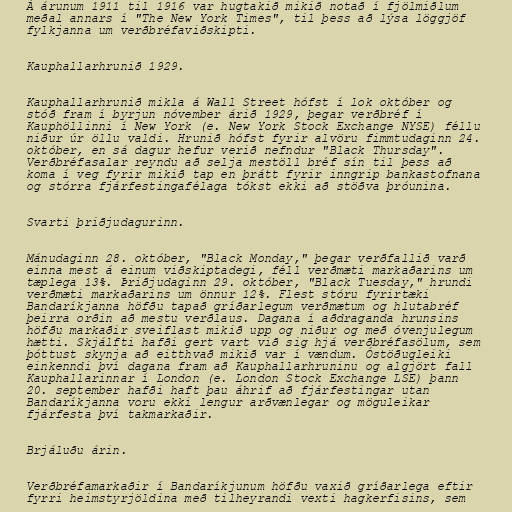
Á árunum 1911 til 1916 var hugtakið mikið notað í fjölmiðlum
meðal annars í "The New York Times", til þess að lýsa löggjöf
fylkjanna um verðbréfaviðskipti.

Kauphallarhrunið 1929.

Kauphallarhrunið mikla á Wall Street hófst í lok október og
stóð fram í byrjun nóvember árið 1929, þegar verðbréf í
Kauphöllinni í New York (e. New York Stock Exchange NYSE) féllu
niður úr öllu valdi. Hrunið hófst fyrir alvöru fimmtudaginn 24.
október, en sá dagur hefur verið nefndur "Black Thursday".
Verðbréfasalar reyndu að selja mestöll bréf sín til þess að
koma í veg fyrir mikið tap en þrátt fyrir inngrip bankastofnana
og stórra fjárfestingafélaga tókst ekki að stöðva þróunina.

Svarti þriðjudagurinn.

Mánudaginn 28. október, "Black Monday," þegar verðfallið varð
einna mest á einum viðskiptadegi, féll verðmæti markaðarins um
tæplega 13%. Þriðjudaginn 29. október, "Black Tuesday," hrundi
verðmæti markaðarins um önnur 12%. Flest stóru fyrirtæki
Bandaríkjanna höfðu tapað gríðarlegum verðmætum og hlutabréf
þeirra orðin að mestu verðlaus. Dagana í aðdraganda hrunsins
höfðu markaðir sveiflast mikið upp og niður og með óvenjulegum
hætti. Skjálfti hafði gert vart við sig hjá verðbréfasölum, sem
þóttust skynja að eitthvað mikið var í vændum. Óstöðugleiki
einkenndi því dagana fram að Kauphallarhruninu og algjört fall
Kauphallarinnar í London (e. London Stock Exchange LSE) þann
20. september hafði haft þau áhrif að fjárfestingar utan
Bandaríkjanna voru ekki lengur arðvænlegar og möguleikar
fjárfesta því takmarkaðir.

Brjáluðu árin.

Verðbréfamarkaðir í Bandaríkjunum höfðu vaxið gríðarlega eftir
fyrri heimstyrjöldina með tilheyrandi vexti hagkerfisins, sem